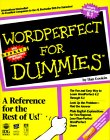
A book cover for Wordperfect for Dummies; Dan Gookin; Business & Money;